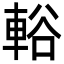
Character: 輍